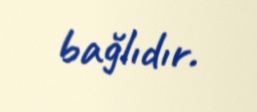
bağlıdır.